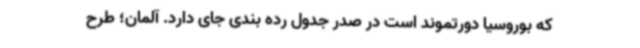
که بوروسیا دورتموند است در صدر جدول رده بندی جای دارد. آلمان؛ طرح